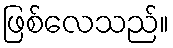
ဖြစ်လေသည်။